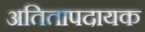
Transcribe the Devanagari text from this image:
अतितापदायक